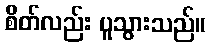
စိတ်လည်း ပူသွားသည်။